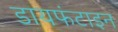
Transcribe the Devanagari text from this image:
डायफंटाइन